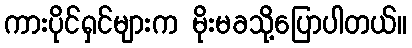
ကားပိုင်ရှင်များက မိုးမခသို့ပြောပါတယ်။